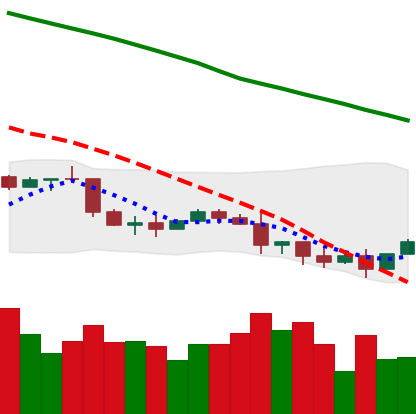
Ticker: NEO-USD
Chart end date: 2022-01-12
Forward return: -3.033%
Label: down_3_5